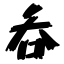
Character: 呑